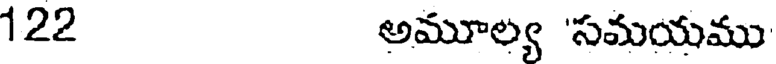
122 అమూల్య 'సమయము